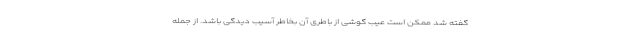
گفته شد ممکن است عیب گوشی از باطری آن بخاطر آسیب دیدگی باشد. از جمله